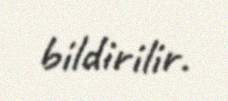
bildirilir.